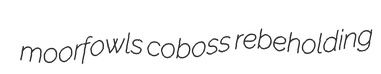
moorfowls coboss rebeholding